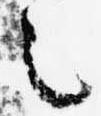
之